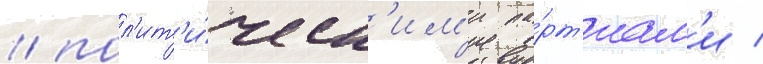
/ пол'ит'и́ческ'им'и па́рт'иам'и /